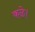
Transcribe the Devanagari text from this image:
कळे।